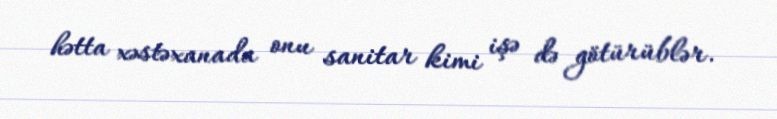
hətta xəstəxanada onu sanitar kimi işə də götürüblər.